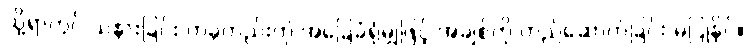
သို့ရာတွင် သနားခြင်း တခုတည်းကို အခြေခံရုံမျှဖြင့် အချစ်ကို တည်ဆောက်ခြင်း မပြုနိုင်။